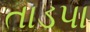
તાડપા